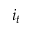
i _ { t }